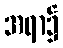
အရာ၌